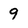
Character: 9